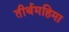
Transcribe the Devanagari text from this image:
तीर्थमहिमा